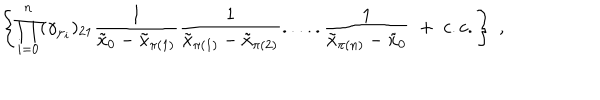
LaTeX: \left\{ \prod _ { i = 0 } ^ { n } ( \gamma _ { \mu _ { i } } ) _ { 2 1 } \frac { 1 } { \tilde { x } _ { 0 } - \tilde { x } _ { \pi ( 1 ) } } \frac { 1 } { \tilde { x } _ { \pi ( 1 ) } - \tilde { x } _ { \pi ( 2 ) } } . . . . . \frac { 1 } { \tilde { x } _ { \pi ( n ) } - \tilde { x } _ { 0 } } \; + \; c . c . \right\} \; ,